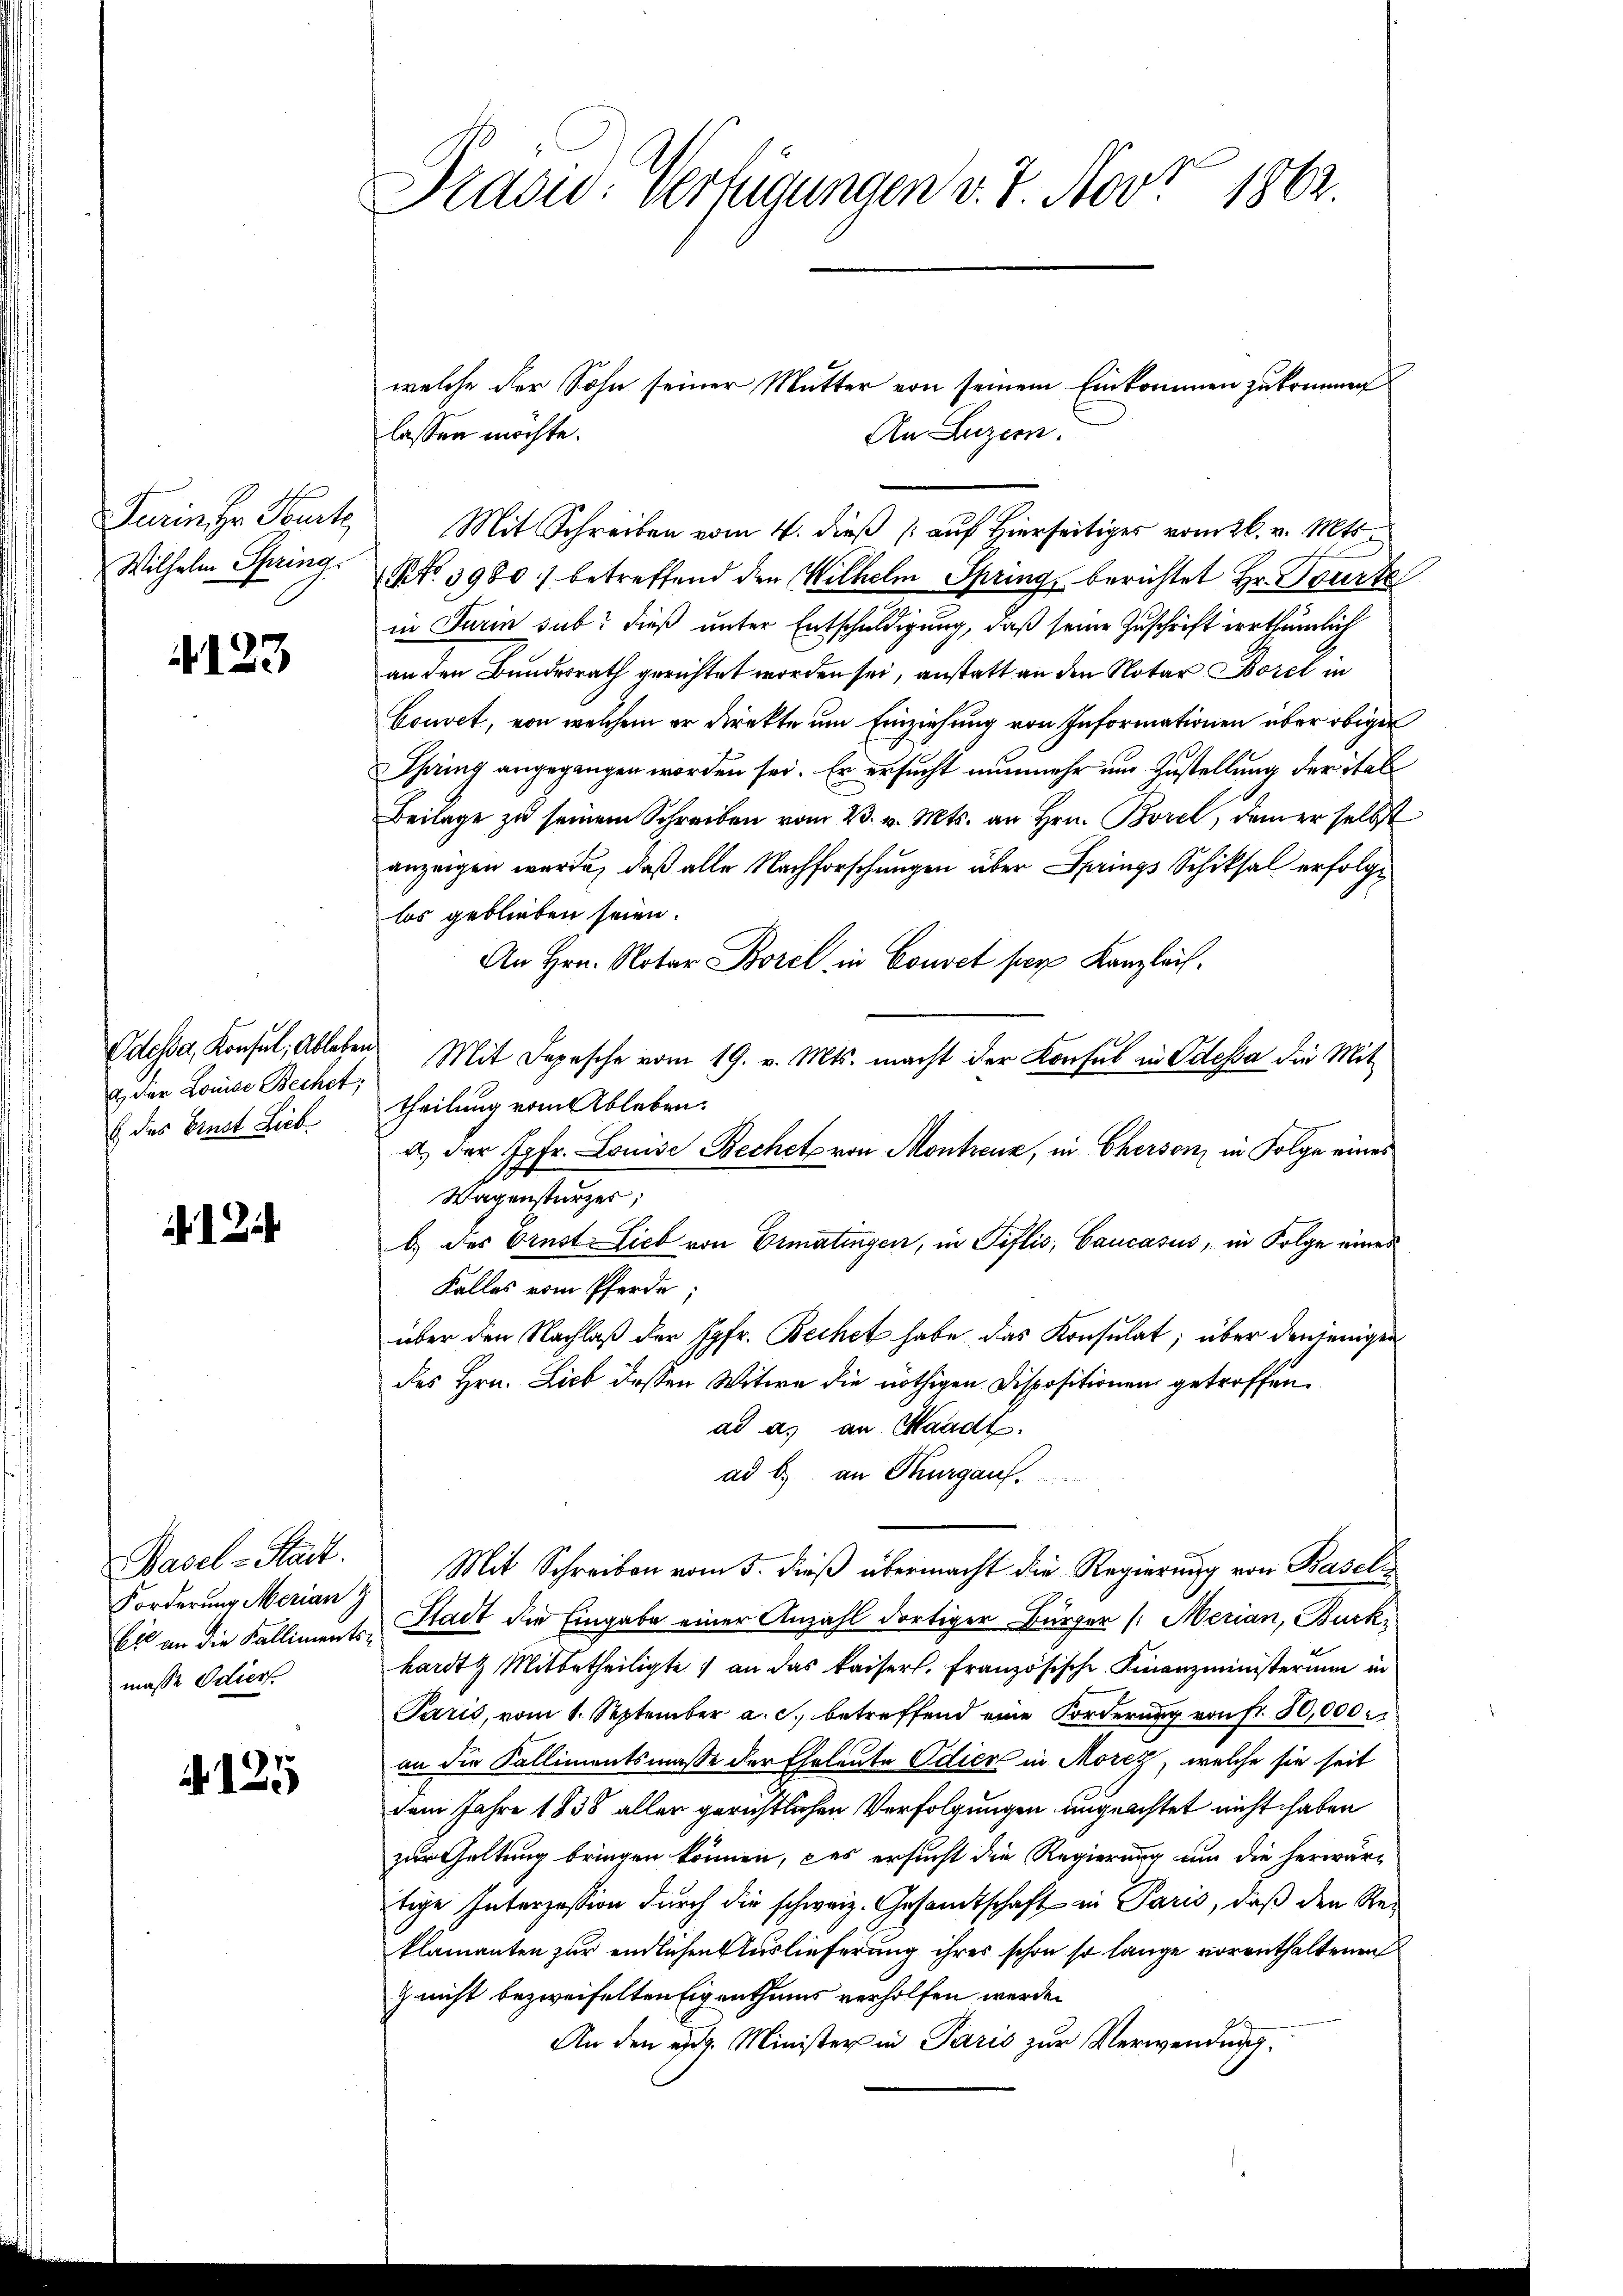
Turin Hr. Beurt
Wilhelm Spring

4123

2) der Louise Bechet,
E des Ernst Lieb.

Basel-Kart.
Forderung Merian
masse Odier

125

Brasid: Verfügungen v. 7. Nov. 1862.

lassen möchte.
Mit Schreiben vom 4. dieß auf Hierseitiges vom 26. v. Mts.
NNo. 3980.) betreffend den Wilhelm Springs berichtet Hr. Beurte
in Turin sub? Dieß unter Entschuldigung, daß seine Zuschrift irrthümlich
an den Bundesrath gerichtet worden sei, anstatt an den Notar Borel in
Couvet, von welchem er direkte um Einziehung von Informationen über obiger
Chring angegangen worden sei. Er ersucht nunmehr um Zustellung der Stal
Beilage zu seinem Schreiben vom 23. v. Mts. an Hrn. Borel, dem er selbst
anzeigen wurde, daß alle Nachforschungen über Springs Schiksal erfolglos geblieben seien.
An Hrn. Notar Borel in Couvel per Kanzleich.
Odessa, Konsul, Ableben Mit Depesche vom 19. v. Mts. macht der Konfes in Odessa die Mit
theilung vom Ableben.
a. der Jgfr. Louise Bechet von Montreuz, in Cherson, in Folge eines
Wagensturzes;
b.) des Ernst Lieb von Ermatingen, in Piflis, Cancasus, in Folge eines
Falles vom Pferde;
über den Nachlaß der Jgfr. Bechet habe das Konsulat; über denjenigen
des Hrn. Lieb dessen Witwe die nöthigen Dispositionen getroffenad a. an Waadt.
ad b. an Kurgaus.
Mit Schreiben vom 5. dieß übermacht die Regierung von Baselz
bl an die Kalliment-Stadt die Eingabe einer Anzahl dortiger Bürger (: Merian, Burk
hardts Mitbetheiligte) an das kaiserl. Französische Finanzministerium in
Paris, vom 1. September a. c. betreffend eine Forderung von fr. 80,000
an die Kallimentsmasse der Eheleute Odier in Morez, welche sie seit
dem Jahre 1838 aller gerichtlichen Verfolgungen angeachtet nicht haben
zur Geltung bringen können, das ersucht die Regierung um die herwär-
tige Interzession durch die schweiz. Gesandtschaft in Paris, daß den Reklamanten zur endlichen Auslieferung ihres schon so lange vorenthaltenen
z nicht bezweifelten Eigenthums verholfen werden.
An den eine Minister in Paris zur Verwendung.

welche der Sohn seiner Mutter von seinem Einkommen zukommen
An Luzern.